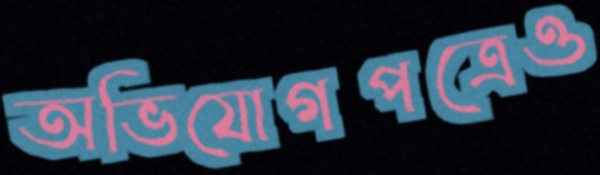
অভিযোগপত্রেও